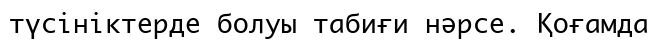
түсініктерде болуы табиғи нәрсе. Қоғамда